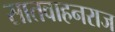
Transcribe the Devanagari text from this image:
सातवाहनराज